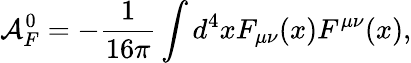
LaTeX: {\cal A}_{F}^{0}=-\frac{1}{16\pi}\int d^{4}xF_{\mu\nu}(x)F^{\mu\nu}(x),